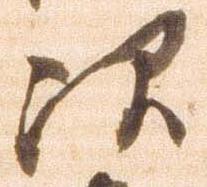
次